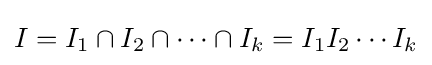
I=I_{1}\cap I_{2}\cap \cdots \cap I_{k}=I_{1}I_{2}\cdots I_{k}